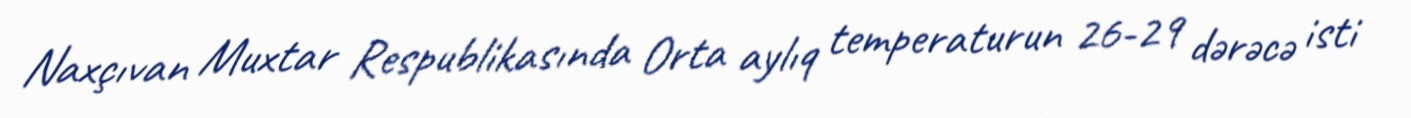
Naxçıvan Muxtar Respublikasında Orta aylıq temperaturun 26-29 dərəcə isti